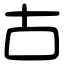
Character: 古